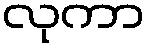
လုကာ